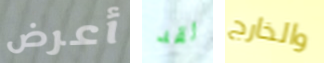
أعرض لقد والخارج